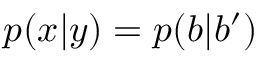
p ( x | y ) = p ( b | b ^ { \prime } )